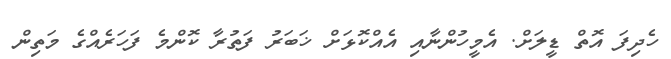
ހެދިފަ އޮތް ޑީލަށް. އެމީހުންނާއި އެއްކޮޅަށް ޚަބަރު ފަތުރާ ކޮންމެ ފަހަރެއްގެ މަތިން